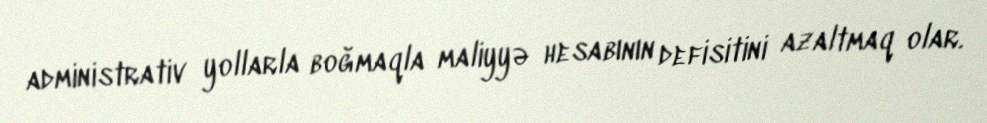
administrativ yollarla boğmaqla maliyyə hesabının defisitini azaltmaq olar.